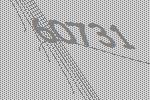
60731